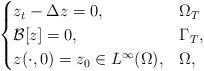
LaTeX: \begin{align*}\begin{cases}z_t - \Delta z =0,& \Omega_T\\\mathcal{B}[z]=0,& \Gamma_T,\\z(\cdot,0)=z_0\in L^{\infty}(\Omega),&\Omega,\end{cases}\end{align*}